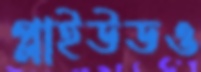
প্লাইউডও